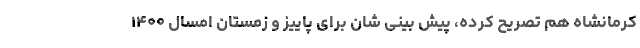
کرمانشاه هم تصریح کرده، پیش بینی شان برای پاییز و زمستان امسال ۱۴۰۰